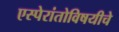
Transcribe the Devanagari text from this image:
एस्पेरांतोविषयीचे